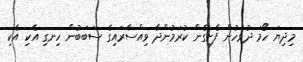
މިދިޔަ ހޯމަ ދުވަހުން ފެށިގެން ކުރަމުންދާ ވިއްސާރައިގެ ސަބަބުން ހިނގި އެކި އެކި